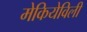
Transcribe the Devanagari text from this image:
मेकियेविली